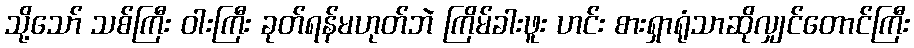
သို့သော် သစ်ကြီး ဝါးကြီး ခုတ်ရန်မဟုတ်ဘဲ ကြိမ်ခါးဖူး ဟင်း စားရှာရုံသာဆိုလျှင်တောင်ကြီး